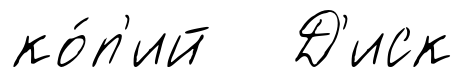
ко́п'ий Д'иск